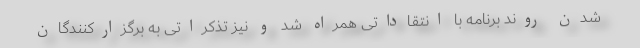
شدن روند برنامه با انتقاداتی همراه شد و نیز تذکراتی به برگزارکنندگان